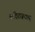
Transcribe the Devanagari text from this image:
कांदेराजधानी